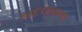
બદલાવાના